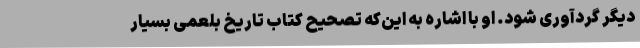
دیگر گردآوری شود. او با اشاره به این‌که تصحیح کتاب تاریخ بلعمی بسیار